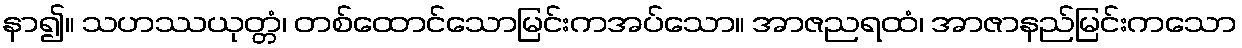
နာ၍။ သဟဿယုတ္တံ၊ တစ်ထောင်သောမြင်းကအပ်သော။ အာဇညရထံ၊ အာဇာနည်မြင်းကသော